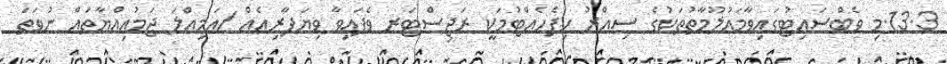
13.3.މި ވެބްސައިޓުގައިވާމަޢުލޫމާތުތަކުގެ ސިއްރު ހިފެހެއްޓުމަކީ ރަޖިސްޓަރ ވެފައިވާ ވިޔަފާރިއެއް /އަމިއްލަ ޖަމުޢިއްޔާތައް ނުވަތަ